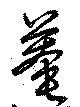
菴